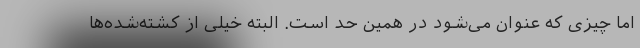
اما چیزی که عنوان می‌شود در همین حد است. البته خیلی از کشته‌شده‌ها